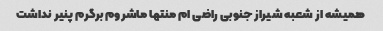
همیشه از شعبه شیراز جنوبی راضی ام منتها ماشروم برگرم پنیر نداشت